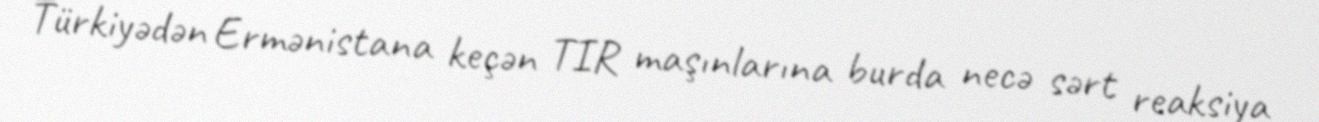
Türkiyədən Ermənistana keçən TIR maşınlarına burda necə sərt reaksiya